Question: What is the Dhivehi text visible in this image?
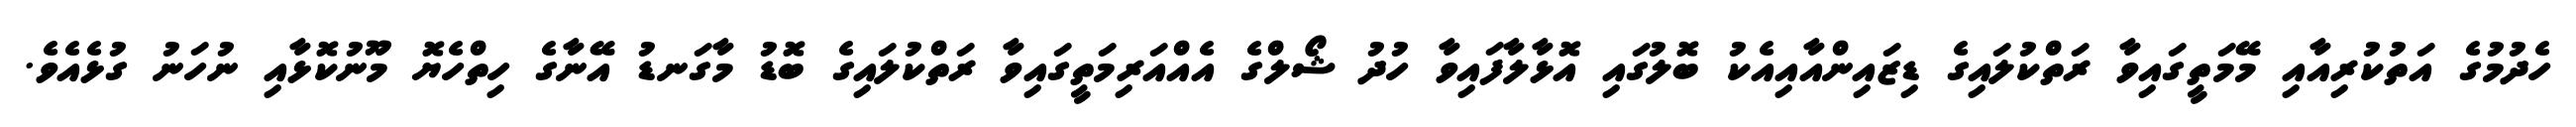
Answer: ހެދުމުގެ އަތުކުރިއާއި މޭމަތީގައިވާ ރަތްކުލައިގެ ޑިޒައިންއާއިއެކު ބޮލުގައި އޮޅާލާފައިވާ ހުދު ޝޯލްގެ އެއްއަރިމަތީގައިވާ ރަތްކުލައިގެ ބޮޑު މާގަނޑު އޭނާގެ ހިތްހެޔޮ މޫނުކޮޅާއި ނުހަނު ގުޅެއެވެ.